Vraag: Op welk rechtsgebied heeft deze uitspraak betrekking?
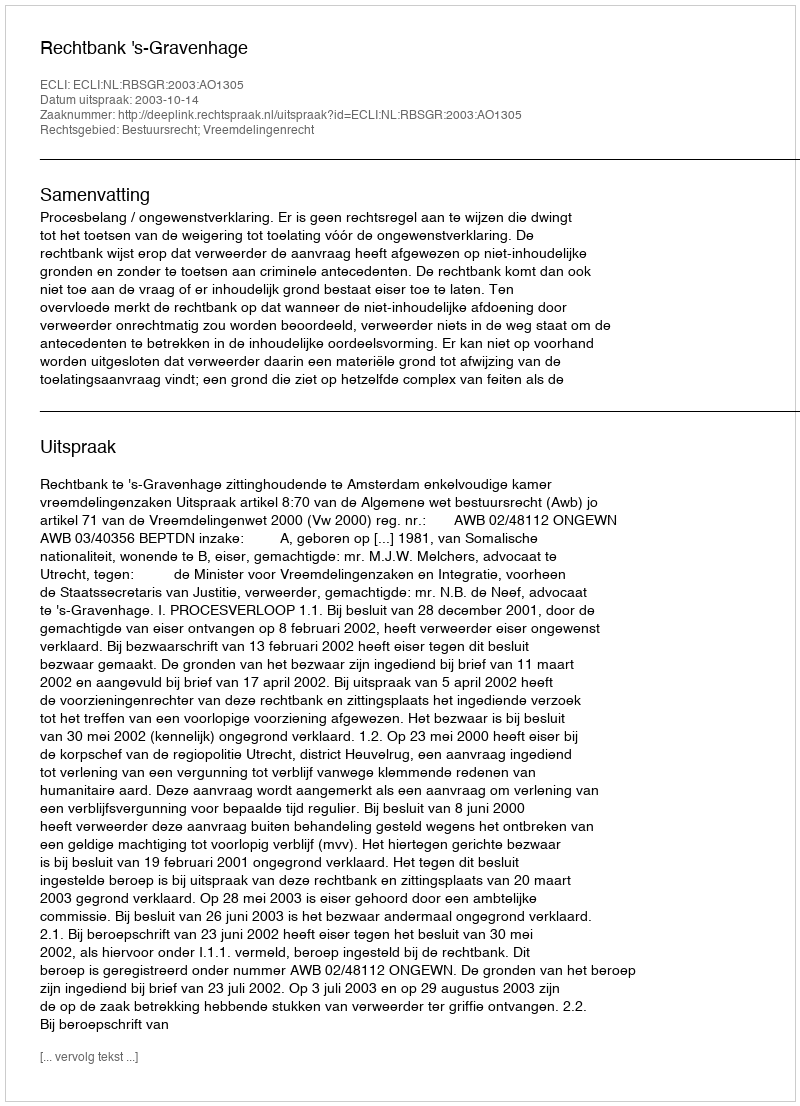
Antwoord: Bestuursrecht; Vreemdelingenrecht